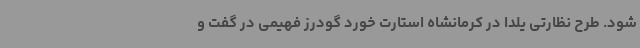
شود. طرح نظارتی یلدا در کرمانشاه استارت خورد گودرز فهیمی در گفت و